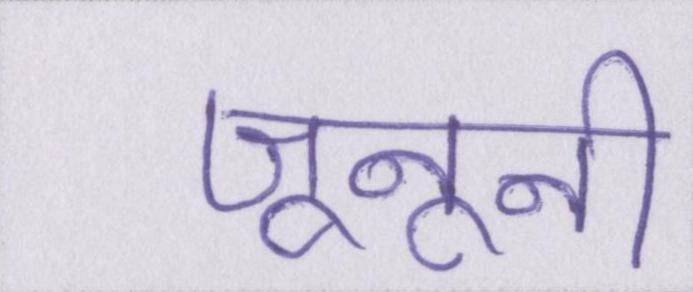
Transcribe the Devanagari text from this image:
जूनूनी